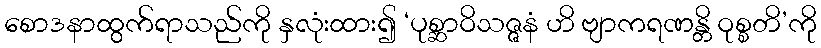
စောဒနာထွက်ရာသည်ကို နှလုံးထား၍ ‘ပုစ္ဆာဝိသဇ္ဇနံ ဟိ ဗျာကရဏန္တိ ဝုစ္စတိ’ကို